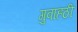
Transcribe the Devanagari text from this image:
गुवाहठी